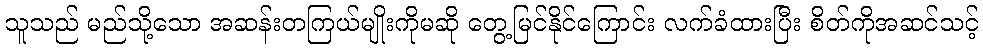
သူသည် မည်သို့သော အဆန်းတကြယ်မျိုးကိုမဆို တွေ့မြင်နိုင်ကြောင်း လက်ခံထားပြီး စိတ်ကိုအဆင်သင့်